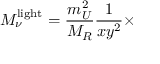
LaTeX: M _ { \nu } ^ { \mathrm { l i g h t } } = { \frac { m _ { U } ^ { 2 } } { M _ { R } } } { \frac { 1 } { x y ^ { 2 } } } \times